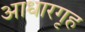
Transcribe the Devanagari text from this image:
आधारगृह